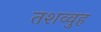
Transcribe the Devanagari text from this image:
तशव्वुह